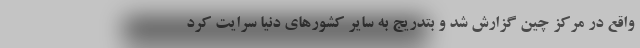
واقع در مرکز چین گزارش شد و بتدریج به سایر کشورهای دنیا سرایت کرد